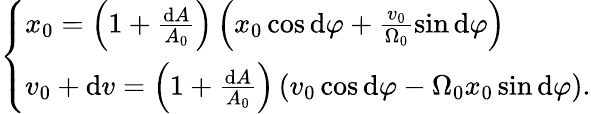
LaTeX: \left\{ \begin{array}{l}{x_{0}=\left(1+\frac{\mathrm{d}A}{A_{0}}\right)\left(x_{0}\cos\mathrm{d}\varphi+\frac{v_{0}}{\Omega_{0}}\sin\mathrm{d}\varphi\right)}\\ {v_{0}+\mathrm{d}v=\left(1+\frac{\mathrm{d}A}{A_{0}}\right)\left(v_{0}\cos\mathrm{d}\varphi-\Omega_{0}x_{0}\sin\mathrm{d}\varphi\right)\mathrm{.}}\end{array}\right.